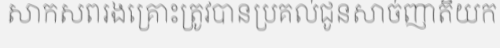
សាកសពរងគ្រោះត្រូវបានប្រគល់ជូនសាច់ញាតិយក